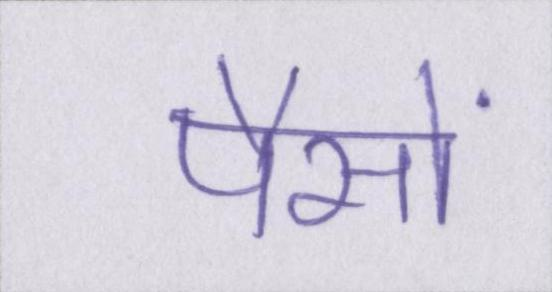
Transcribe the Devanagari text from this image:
पैसों